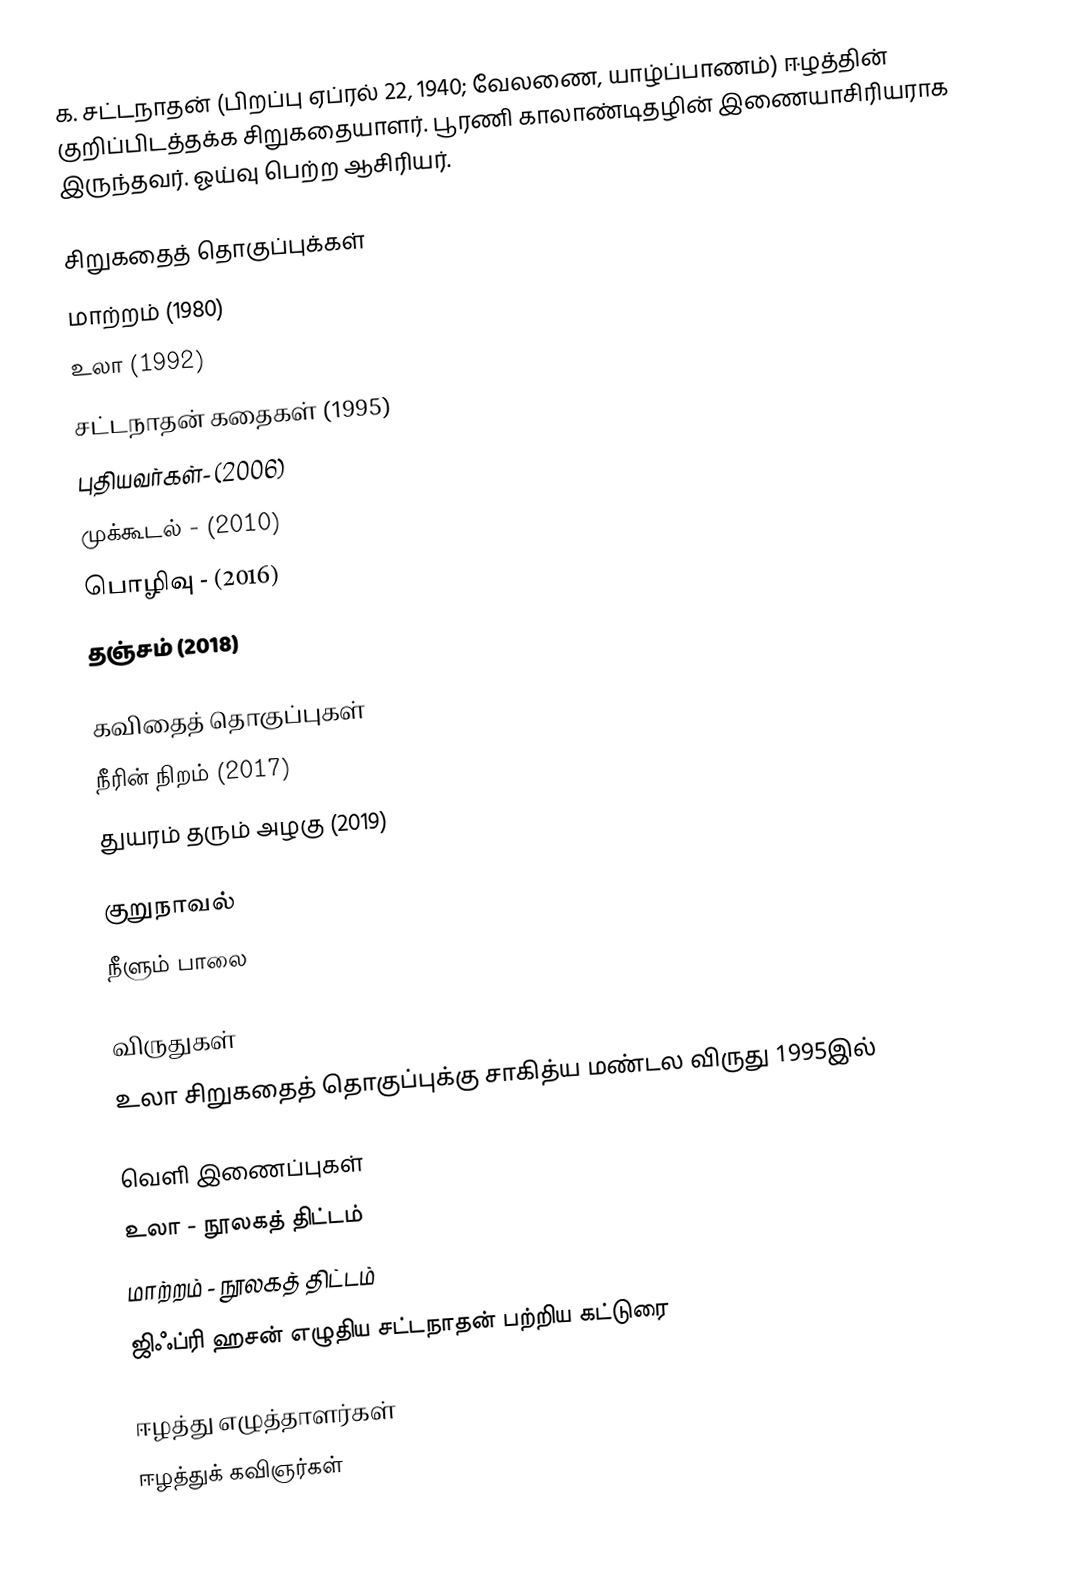
க. சட்டநாதன் (பிறப்பு ஏப்ரல் 22, 1940; வேலணை, யாழ்ப்பாணம்) ஈழத்தின் குறிப்பிடத்தக்க சிறுகதையாளர். பூரணி காலாண்டிதழின் இணையாசிரியராக இருந்தவர். ஓய்வு பெற்ற ஆசிரியர்.

சிறுகதைத் தொகுப்புக்கள்
 மாற்றம் (1980)
 உலா (1992)
 சட்டநாதன் கதைகள் (1995)
 புதியவர்கள்- (2006)
 முக்கூடல் - (2010)
 பொழிவு  - (2016)
 தஞ்சம் (2018)

கவிதைத் தொகுப்புகள்
 நீரின் நிறம் (2017)
 துயரம் தரும் அழகு (2019)

குறுநாவல்
 நீளும் பாலை

விருதுகள்
 உலா சிறுகதைத் தொகுப்புக்கு சாகித்ய மண்டல விருது 1995இல்

வெளி இணைப்புகள்
 உலா - நூலகத் திட்டம்
 மாற்றம் - நூலகத் திட்டம்
 ஜிஃப்ரி ஹசன் எழுதிய சட்டநாதன் பற்றிய கட்டுரை

ஈழத்து எழுத்தாளர்கள்
ஈழத்துக் கவிஞர்கள்